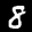
Label: 8